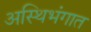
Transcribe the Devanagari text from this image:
अस्थिभंगात